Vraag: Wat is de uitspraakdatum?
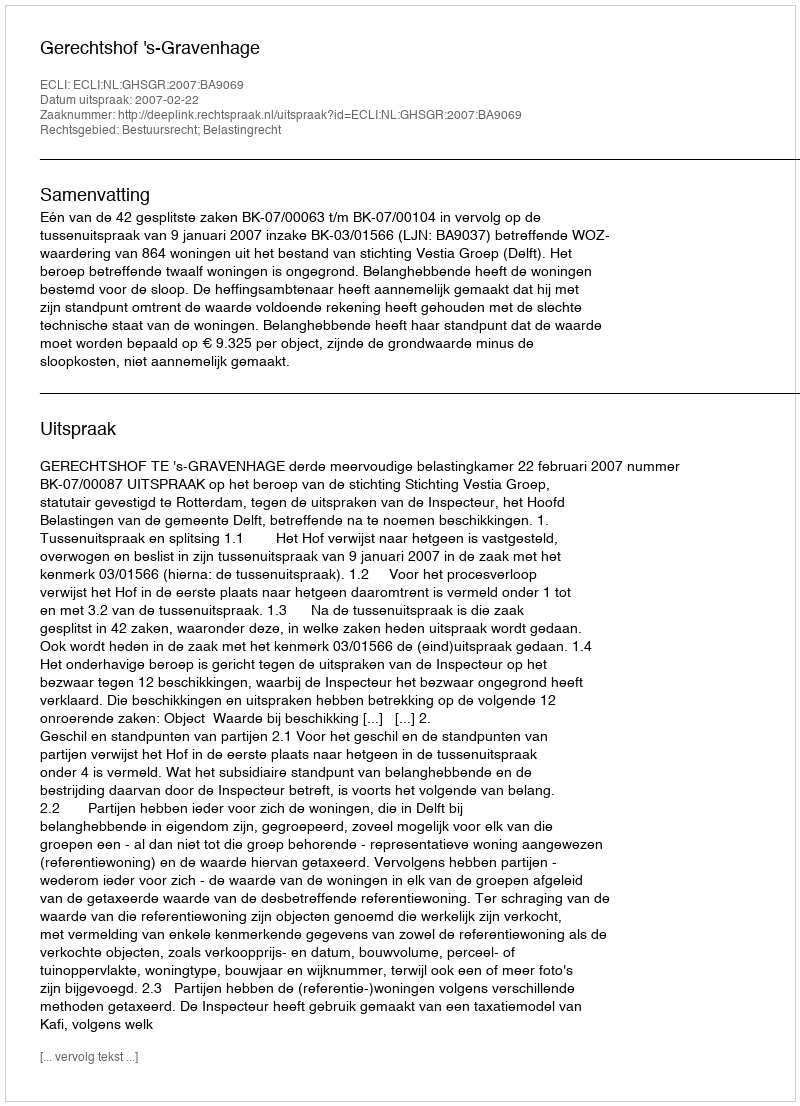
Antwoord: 2007-02-22